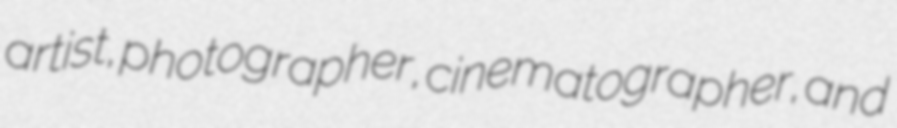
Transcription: artist, photographer, cinematographer, and